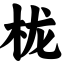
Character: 栊